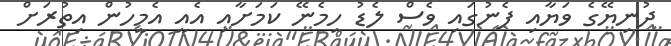
ދުނިޔޭގެ ވަޔާއި ފެނުގައި ވެސް ލެޑު ހިމެނޭ ކަމަށާއި އެއީ އެމީހުން އިތުރަށް